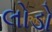
લોડો